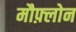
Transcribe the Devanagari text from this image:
मौफ़्लोन